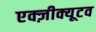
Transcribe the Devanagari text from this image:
एक्ज़ीक्यूटव